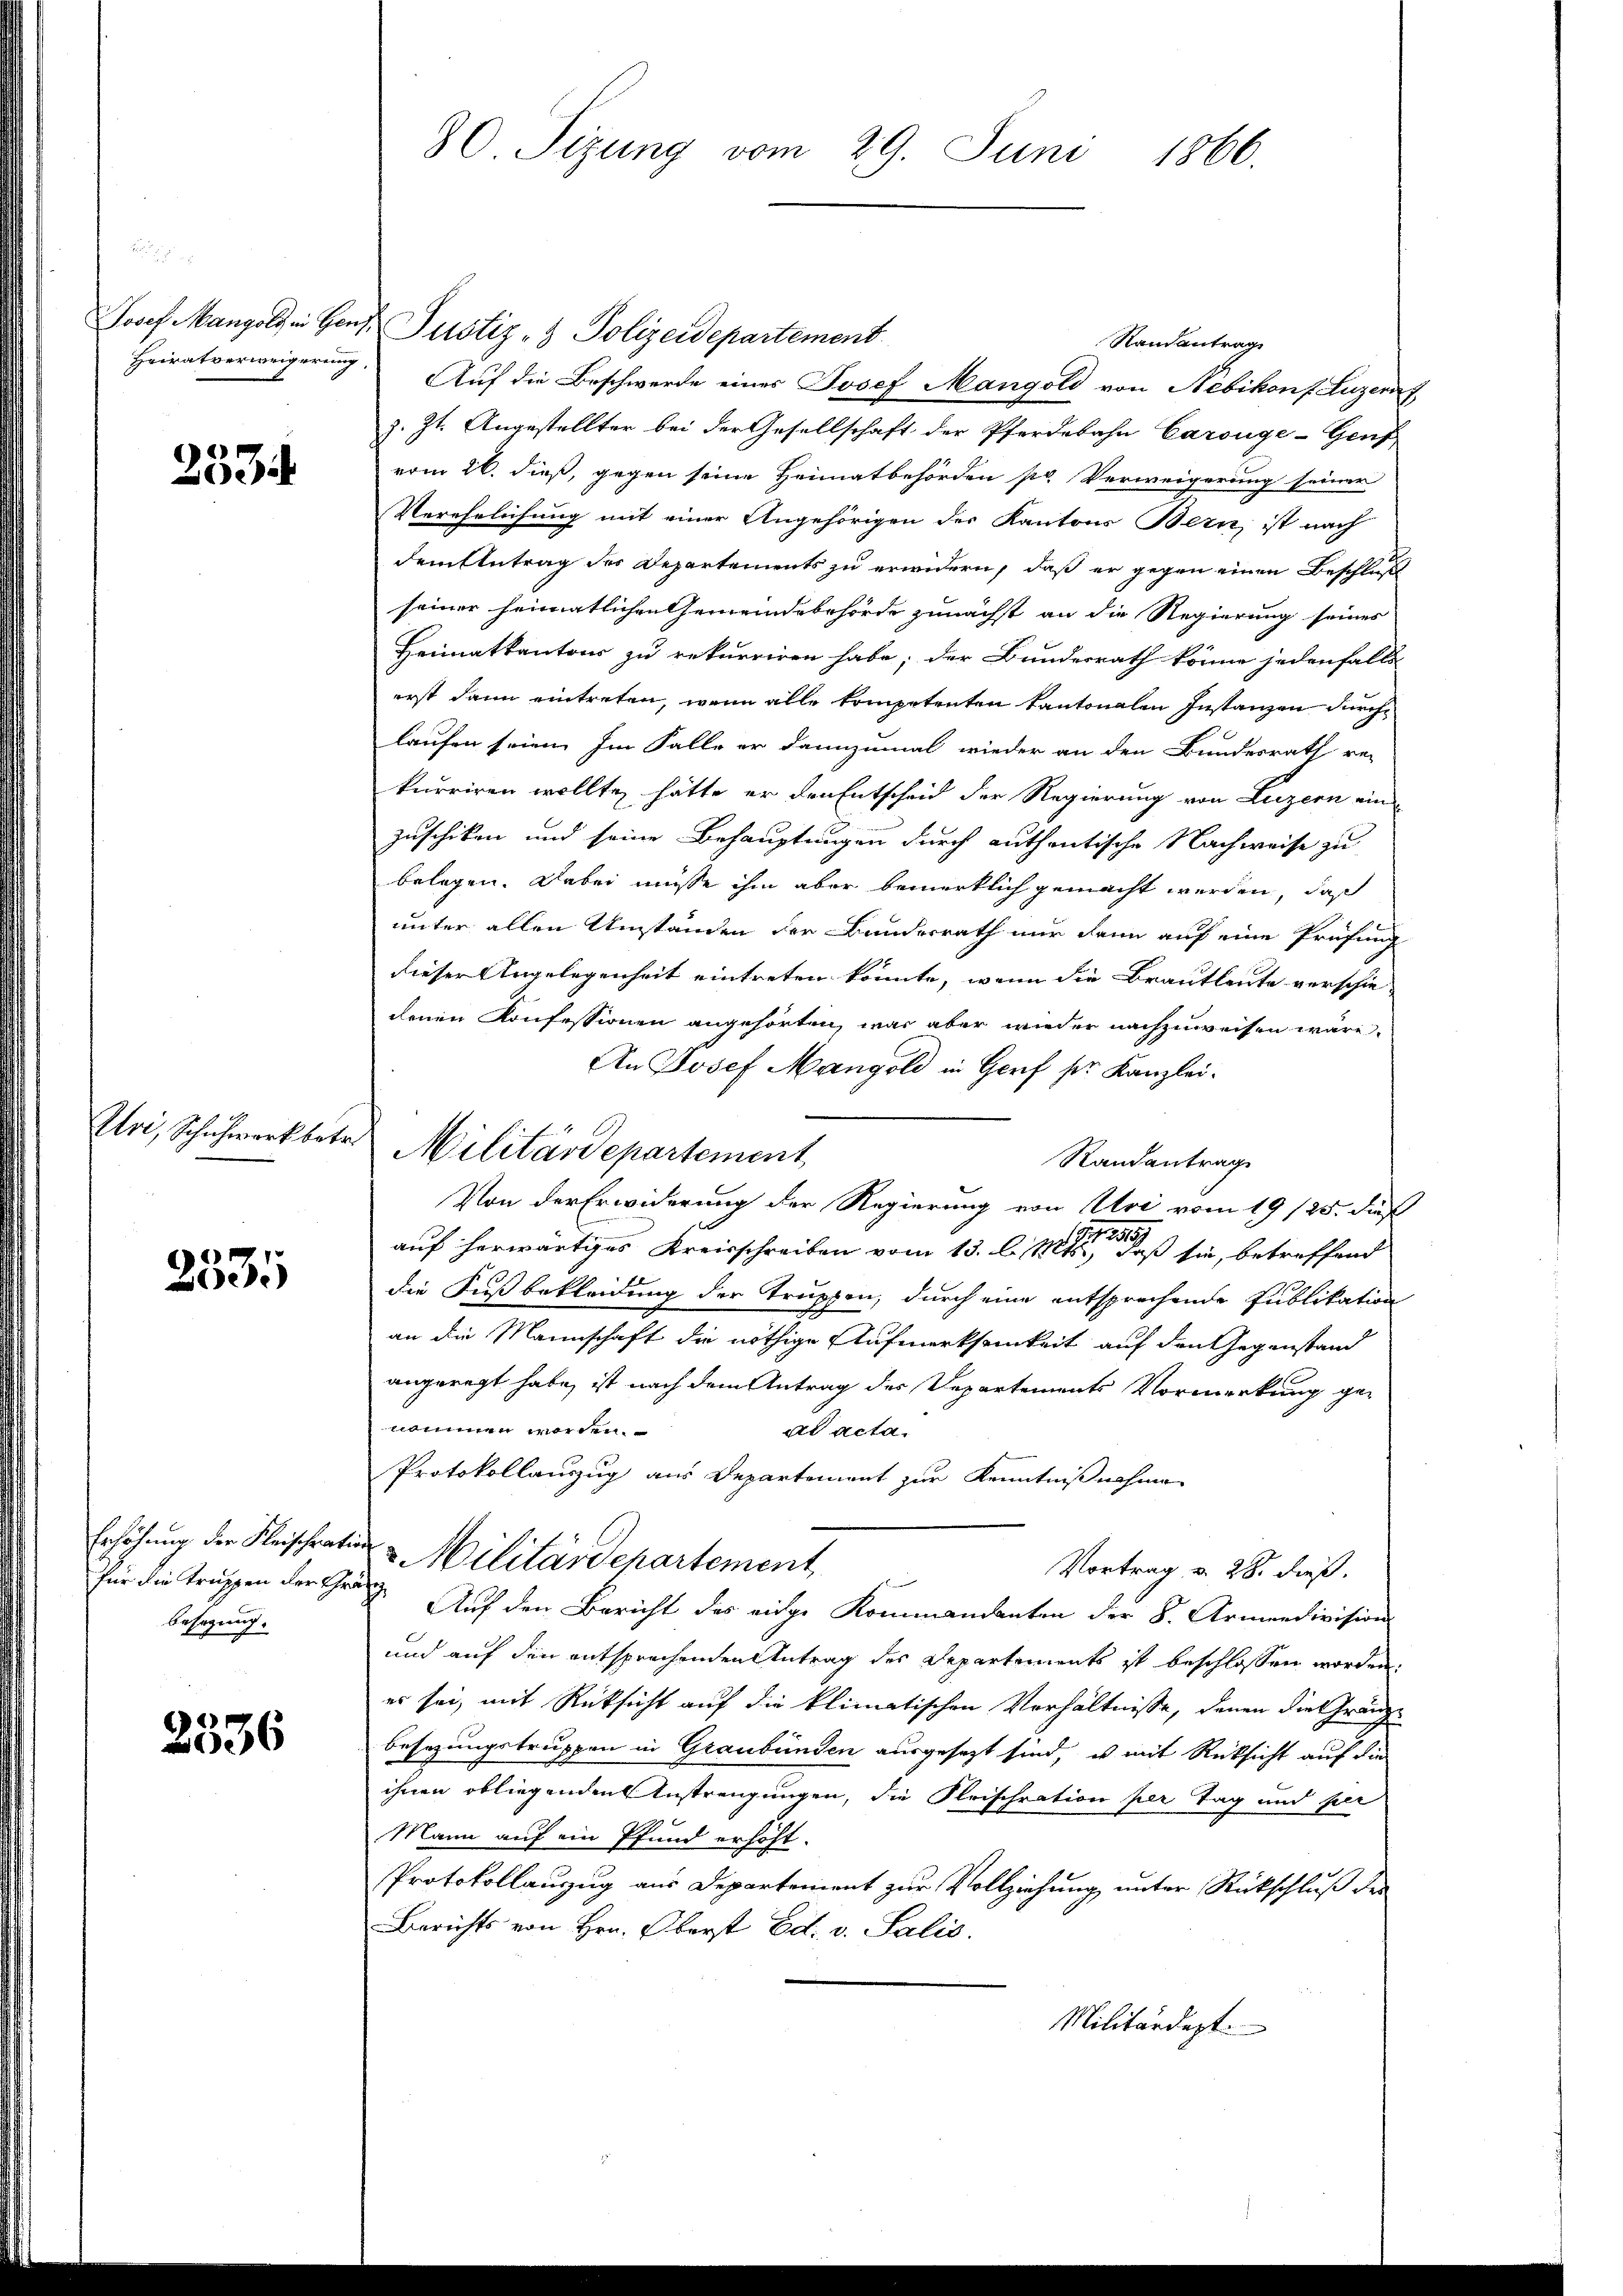
2534

Uri, Schichwork betr.

2535

Besagung.

2536

80. Sizung vom 29. Juni
1866.

Josef Mangold in Herr Justiz- & Polizeidepartement
Randantrag
Heiratverweigerung. Auf die Beschwerde eines Josef Mangold von Nebikonf Luzern
z. Zt. Angestellter bei der Gesellschaft der Pferdebahn Carouge-Genf
vom 26. dieß, gegen seine Heimatbehörden pr. Verweigerung seiner
Verehelichung mit einer Angehörigen des Kantons Bern, ist nach
dem Antrag des Departements zu erwidern, daß er gegen einen Beschluß
seiner heimatlichen Gemeindebehörde zunächst an die Regierung seines
Heimatkantons zu rekurriren habe; der Bundesrath könne jedenfalls
erst dann eintreten, wenn alle kompetenten Kantonalen Instanzen durch
laufen seien. Im Falle er dannzumal wieder an den Bundesrath re-
kurriren wollte, hätte er den Entscheid der Regierung von Luzern ein
Zuschiken und seine Behauptungen durch authentische Nachweise zu
belegen. Dabei müsse ihm aber bemerklich gemacht werden, daß
unter allen Umständen der Bundesrath nur dann auf eine Prüfung
dieser Angelegenheit eintreten könnte, wenn die Brautleute verschie-
denen Konfessionen angehörten, was aber wieder nachzuweisen wäre.
An Josef Mangold in Genf sr. Kanzlei.
Militärdepartement
Randantrag
Von der Erwiderung der Regierung von Uri vom 19/25. dieß
auf herwärtiges Kreisschreiben vom 13. l. 18ten Fuß sie, betreffend
die Fußbekleidung der Truppen, durch eine entsprechende Publikation
an die Mannschaft die nöthige Aufmerksamkeit auf den Gegenstand
angeregt habe, ist nach dem Antrag des Departements Vormerkung genommen worden.
ad acta.
Protokollauszug aus Departement zur Kenntnißnahme
Erhöhung der Fleischration Militärdepartement
Vortrag v. 28. dieß.
Für die Truppen der Graz. Auf den Bericht des eidge Kommandanten der B. Armendivision
und auf den entsprochenden Antrag des Departements ist beschlossen worden.
es sei, mit Rücksicht auf die klimatischen Verhältnisse, denen die Gränze
besetzungstruppen in Graubünden ausgesetzt sind, u mit Rücksicht auf die
ihnen obliegenden Anstrengungen, die Frischration per Tag und per
Mann auf ein Pfund erhöht.
Protokollauszug aus Departement zur Vollziehung unter Rückschluß des
Berichts von Hrn. Oberst Ed. v. Salis.
Militärdept.